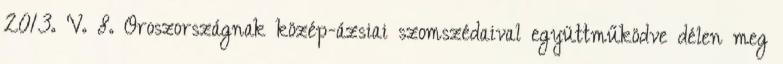
2013. V. 8. Oroszországnak közép-ázsiai szomszédaival együttműködve délen meg